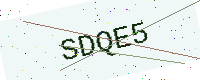
Text: SDQE5